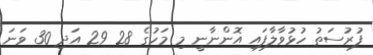
ފުުރުސަތު ހުޅުވާލާފައި އޮންނާނީ މި މަހުގެ 28 29 އަދި 30 ވަނަ